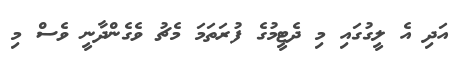
އަދި އެ ލީގުގައި މި ދެޓީމުގެ ފުރަތަމަ މެޗު ވެގެންދާނީ ވެސް މި